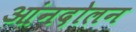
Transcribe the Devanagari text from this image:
आंनदोलन